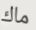
ماك